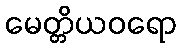
မေတ္တိယဝရော